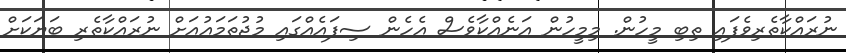
ނުރައްކާތެރިވެފައި ތިބި މީހުން. މިމީހުން އަނެއްކާވެސް އެހެން ސިފައެއްގައި މުޖުތަމައުއަށް ނުރައްކާތެރި ބަޔަކަށް